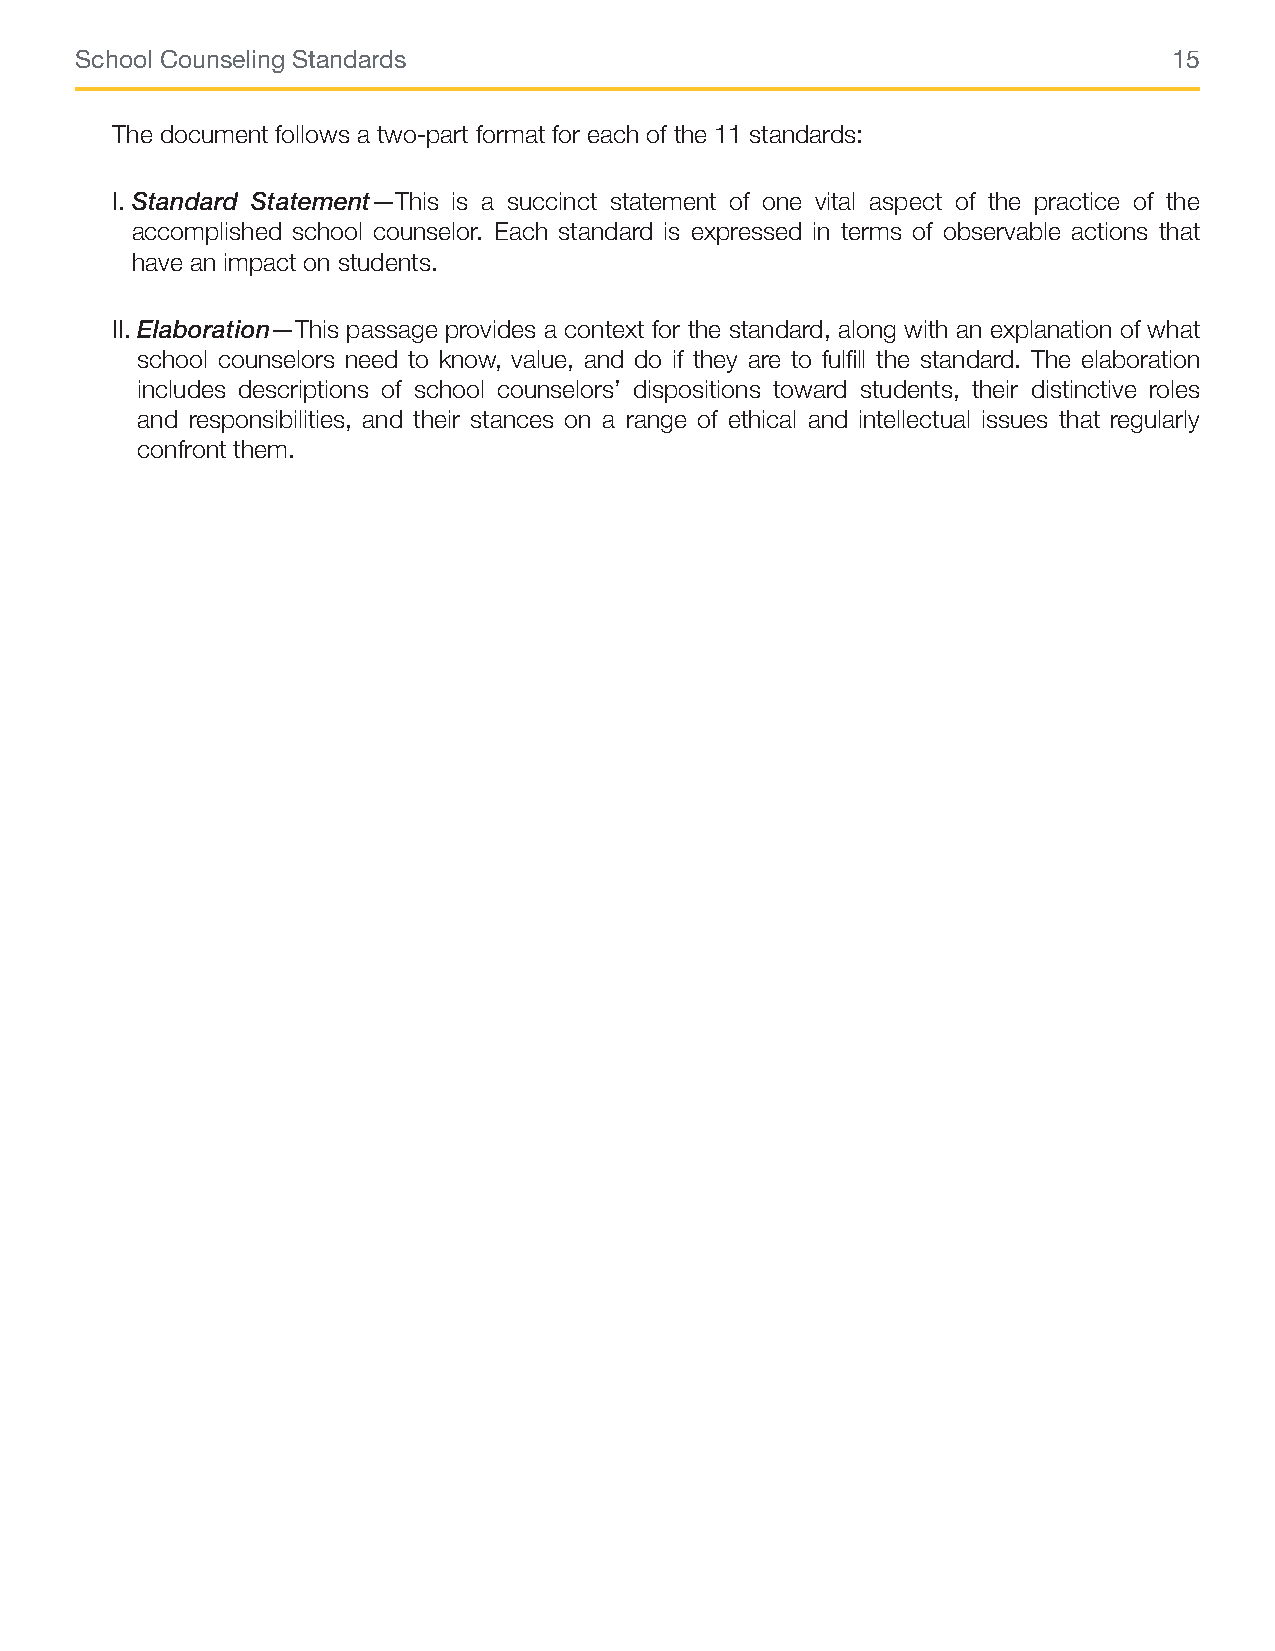
School Counseling Standards                                              15
 The document follows a two-part format for each of the 11 standards:
 I. Standard Statement—This is a succinct statement of one vital aspect of the practice of the
 accomplished school counselor. Each standard is expressed in terms of observable actions that
 have an impact on students.
 II. Elaboration—This passage provides a context for the standard, along with an explanation of what
 school counselors need to know, value, and do if they are to fulfill the standard. The elaboration
 includes descriptions of school counselors’ dispositions toward students, their distinctive roles
 and responsibilities, and their stances on a range of ethical and intellectual issues that regularly
 confront them.